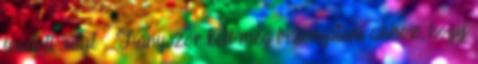
leadott súlyt. – Hányszor kell még bizonyítani ahhoz, hogy